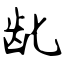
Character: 龀